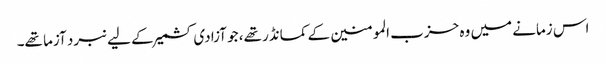
اس زمانے میں وہ حزب المومنین کے کمانڈر تھے، جو آزادی کشمیر کے لیے نبرد آزما تھے۔